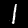
Label: 1